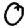
Digit: 0